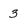
Character: 3